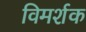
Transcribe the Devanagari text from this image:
विमर्शक